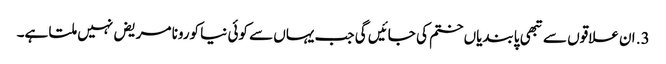
3. ان علاقوں سے تبھی پابندیاں ختم کی جائیں گی جب یہاں سے کوئی نیا کورونا مریض نہیں ملتا ہے۔